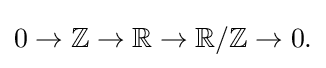
{\textstyle 0\to \mathbb {Z} \to \mathbb {R} \to \mathbb {R} /\mathbb {Z} \to 0.}